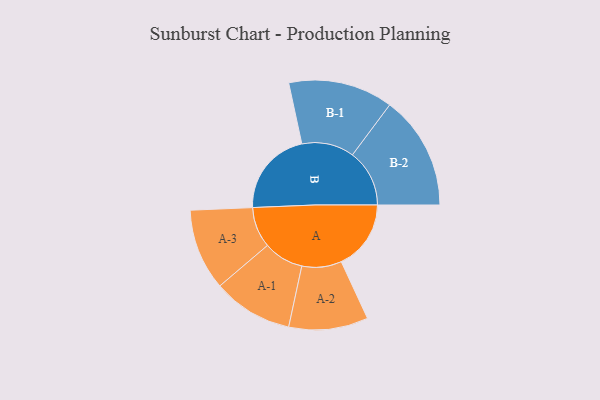
{"axis": {"x": "Segment", "y": "Value"}, "legend": ["", "A", "B"], "data": [{"x": "A", "y": 341, "type": ""}, {"x": "B", "y": 420, "type": ""}, {"x": "A-1", "y": 196, "type": "A"}, {"x": "A-2", "y": 194, "type": "A"}, {"x": "A-3", "y": 199, "type": "A"}, {"x": "B-1", "y": 256, "type": "B"}, {"x": "B-2", "y": 279, "type": "B"}]}